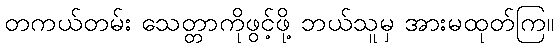
တကယ်တမ်း သေတ္တာကိုဖွင့်ဖို့ ဘယ်သူမှ အားမထုတ်ကြ။